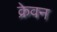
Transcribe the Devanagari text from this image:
क्रेवन